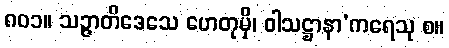
၈၀၁။ သဉ္ဇာတိဒေသေ ဟေတုမှိ၊ ဝါသဋ္ဌာနာ’ကရေသု စ။